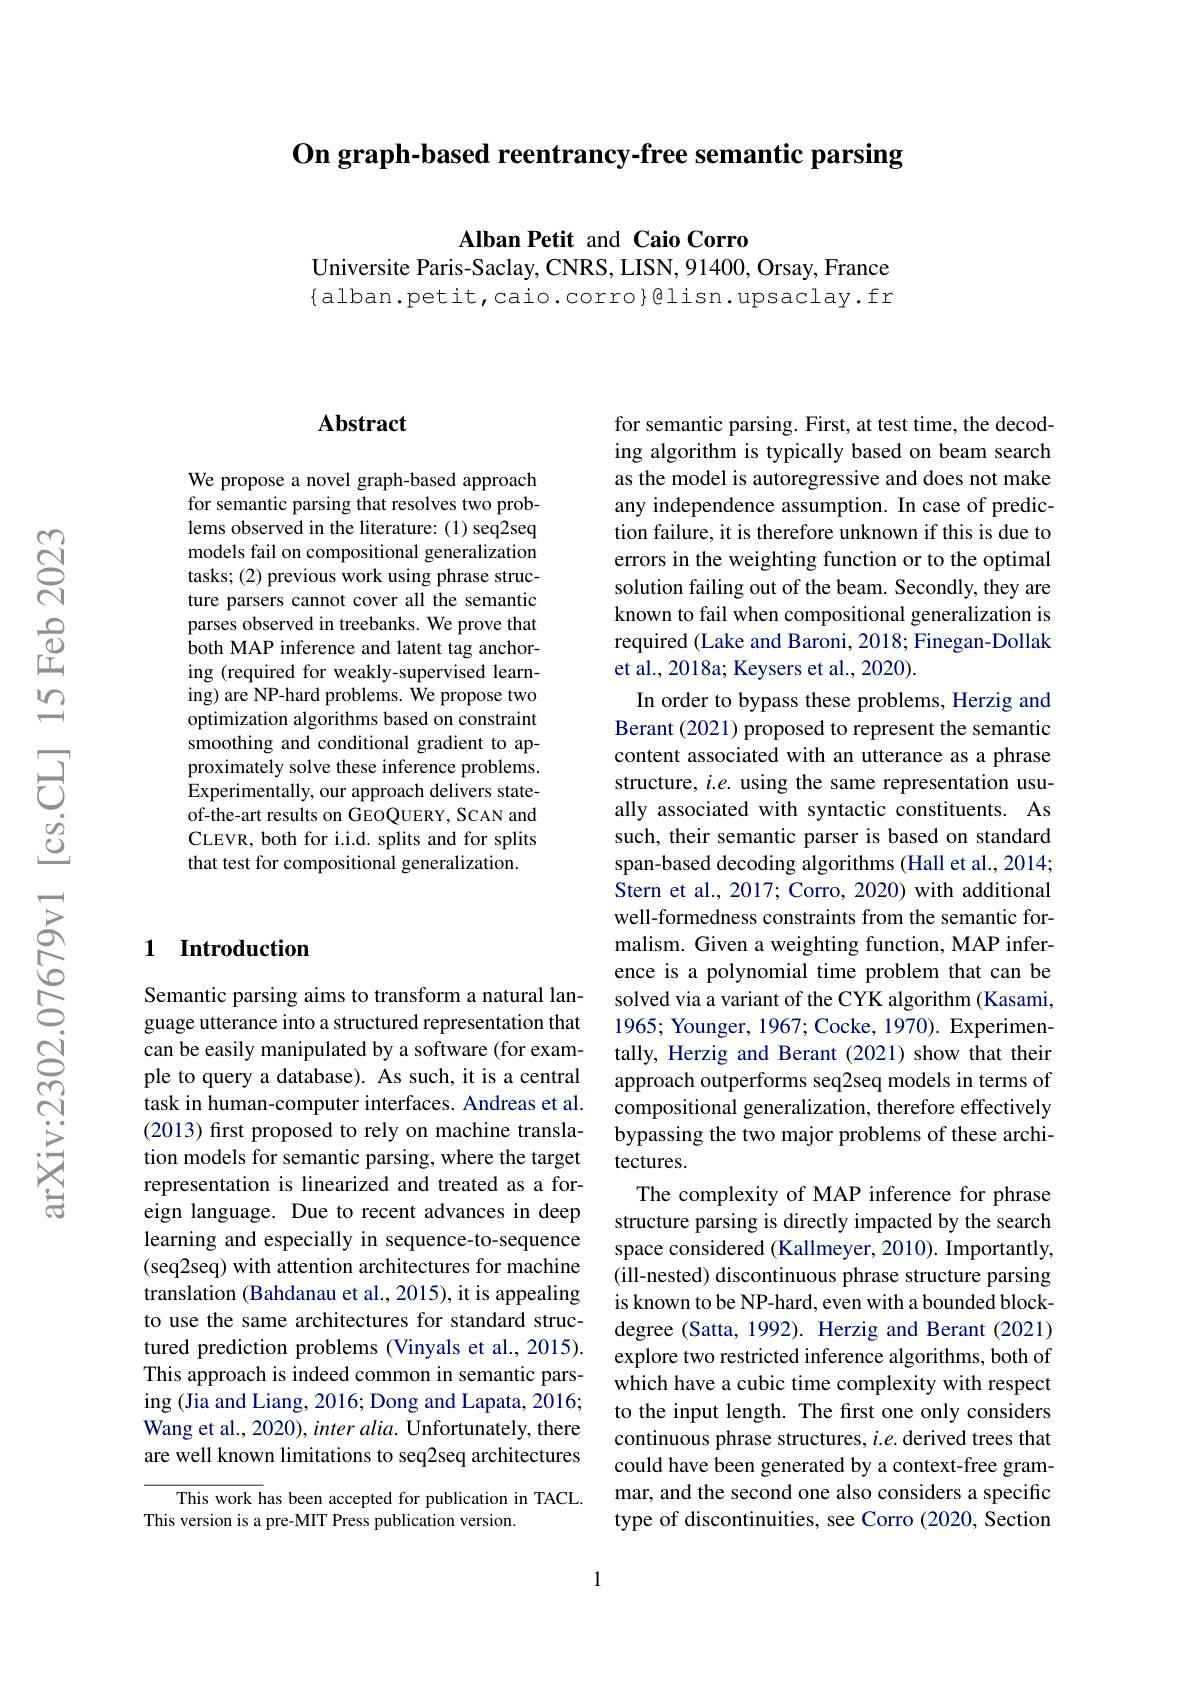
On graph-based reentrancy-free semantic parsing

Alban Petit and Caio Corro
Universite Paris-Saclay, CNRS, LISN, 91400, Orsay, France

$\{$alban.petit,caio.corro}@lisn.upsaclay.fr

### Abstract

We propose a novel graph-based approach for semantic parsing that resolves two problems observed in the literature: (1) seq2seq models fail on compositional generalization tasks; (2) previous work using phrase structure parsers cannot cover all the semantic parses observed in treebanks. We prove that both MAP inference and latent tag anchoring (required for weakly-supervised learning) are NP-hard problems. We propose two optimization algorithms based on constraint smoothing and conditional gradient to approximately solve these inference problems. Experimentally, our approach delivers stateof-the-art results on GEOQUERY, SCAN and CLEVR, both for i.i.d. splits and for splits that test for compositional generalization.

## 1 Introduction

Semantic parsing aims to transform a natural language utterance into a structured representation that can be easily manipulated by a software (for example to query a database). As such, it is a central task in human-computer interfaces. Andreas et al. (2013) first proposed to rely on machine translation models for semantic parsing, where the target representation is linearized and treated as a foreign language. Due to recent advances in deep learning and especially in sequence-to-sequence (seq2seq) with attention architectures for machine translation (Bahdanau et al., 2015), it is appealing to use the same architectures for standard structured prediction problems (Vinyals et al., 2015). This approach is indeed common in semantic parsing (Jia and Liang, 2016; Dong and Lapata, 2016; Wang et al., 2020), inter alia. Unfortunately, there are well known limitations to seq2seq architectures

$\overline{\text{This work has been accepted for publication in TACL.}}$
This version is a pre-MIT Press publication version.

for semantic parsing. First, at test time, the decoding algorithm is typically based on beam search as the model is autoregressive and does not make any independence assumption. In case of prediction failure, it is therefore unknown if this is due to errors in the weighting function or to the optimal solution failing out of the beam. Secondly, they are known to fail when compositional generalization is required (Lake and Baroni, 2018; Finegan-Dollak et al., 2018a; Keysers et al., 2020).
In order to bypass these problems, Herzig and Berant (2021) proposed to represent the semantic content associated with an utterance as a phrase structure, $i.e.$ using the same representation usually associated with syntactic constituents. As such, their semantic parser is based on standard span-based decoding algorithms (Hall et al., 2014; Stern et al., 2017; Corro, 2020) with additional well-formedness constraints from the semantic formalism. Given a weighting function, MAP inference is a polynomial time problem that can be solved via a variant of the CYK algorithm (Kasami, 1965; Younger, 1967; Cocke, 1970). Experimentally, Herzig and Berant (2021) show that their approach outperforms seq2seq models in terms of compositional generalization, therefore effectively bypassing the two major problems of these architectures.
The complexity of MAP inference for phrase structure parsing is directly impacted by the search space considered (Kallmeyer, 2010). Importantly, (ill-nested) discontinuous phrase structure parsing is known to be NP-hard, even with a bounded blockdegree (Satta, 1992). Herzig and Berant (2021) explore two restricted inference algorithms, both of which have a cubic time complexity with respect to the input length. The first one only considers continuous phrase structures, $i.e.$ derived trees that could have been generated by a context-free grammar, and the second one also considers a specific type of discontinuities, see Corro (2020, Section

1